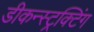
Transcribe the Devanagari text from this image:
डीकन्स्ट्रक्टिंग